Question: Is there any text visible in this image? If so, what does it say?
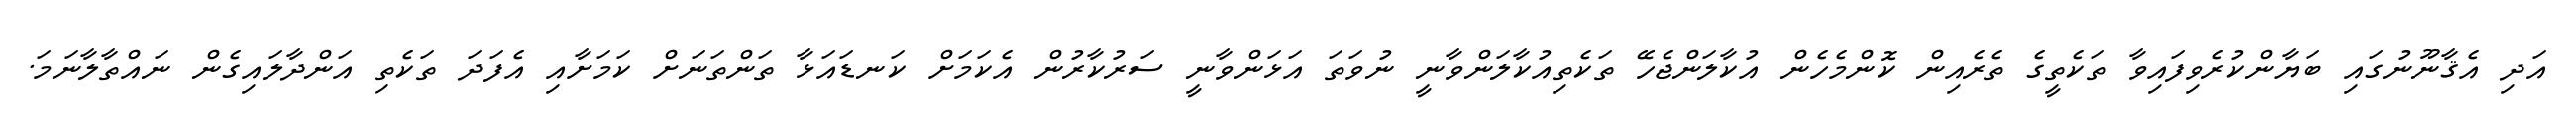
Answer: އަދި އެޤާނޫނުގައި ބަޔާންކުރެވިފައިވާ ތަކެތީގެ ތެރެއިން ކޮންމެހެން އުކާލަންޖެހޭ ތަކެތިއުކާލަންވާނީ ނުވަތަ އަޅަންވާނީ ސަރުކާރުން އެކަމަށް ކަނޑައަޅާ ތަންތަނަށް ކަމަށާއި އެފަދަ ތަކެތި އަންދާލައިގެން ނައްތާލާނަމަ.